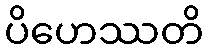
ပိဟေဿတိ